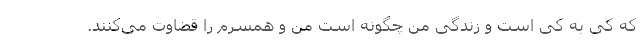
که کی به کی است و زندگی من چگونه است من و همسرم را قضاوت می‌کنند.